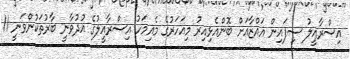
އިސްރާއީލު ސިފައިން ޣައްޒާއަށް ބޮންއެޅިއިރު މިއަހަރުގެ މެއިމަހު އިސްރާއީލުގެ އުދުވާނީ ބާރުތަކުންވަނީ 11